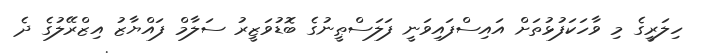
ހިލަރީގެ މި ވާހަކަފުޅުތަށް އައިސްފައިވަނީ ފަލަސްޠީނުގެ ބޮޑުވަޒީރު ސަލާމް ފައްޔާޒު އިޒްރޭލުގެ ދެ